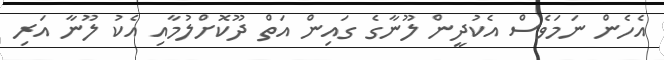
އެހެން ނަމަވެސް އެކުދީން ލޫނާގެ ގައިން އަތް ދޫކޮށްލުމާއި އެކު ލޫނާ އަރި